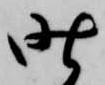
昨